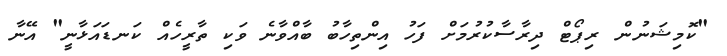
"ކޮމިޝަނުން ރިޕޯޓް ދިރާސާކުރުމަށް ފަހު އިންތިހާބު ބާއްވާނެ ވަކި ތާރީހެއް ކަނޑައަޅާނީ" އޭނާ